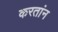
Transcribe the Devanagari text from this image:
करतांन